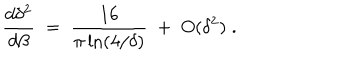
LaTeX: { \frac { d \delta ^ { 2 } } { d \beta } } \; = \; { \frac { 1 6 } { \pi \ln ( 4 / \delta ) } } \; + \; O ( \delta ^ { 2 } ) \; .